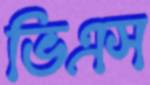
ভিএস